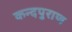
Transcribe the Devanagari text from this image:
कन्दपुराण